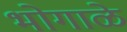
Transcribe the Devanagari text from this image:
भोगाळे